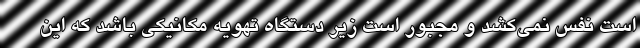
است نفس نمی‌کشد و مجبور است زیر دستگاه تهویه مکانیکی باشد که این